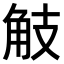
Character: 𧣄